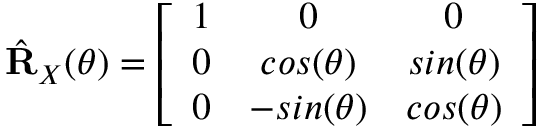
\hat { \mathbf { R } } _ { X } ( \theta ) = \left[ \begin{array} { c c c } { 1 } & { 0 } & { 0 } \\ { 0 } & { c o s ( \theta ) } & { s i n ( \theta ) } \\ { 0 } & { - s i n ( \theta ) } & { c o s ( \theta ) } \end{array} \right]